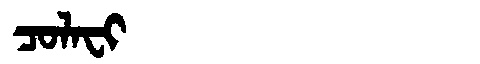
Manchu: ᠴᠣᠯᠠᠸᡳ
Romanization: COLAFI